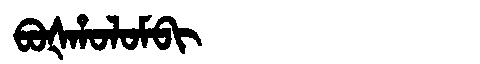
Manchu: ᠪᠣᡧᡥᠣᠯᠣᠮᠪᡳ
Romanization: BOŠHOLOMBI